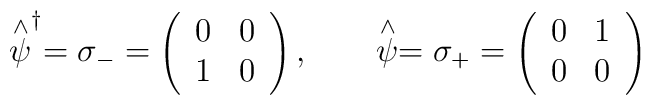
\stackrel{\wedge }{\psi }^{\dagger }=\sigma _{-}=\left(\begin{array}{cc}0 & 0 \\1 & 0\end{array}\right) ,\qquad \stackrel{\wedge }{\psi }=\sigma _{+}=\left(\begin{array}{cc}0 & 1 \\0 & 0\end{array}\right)